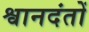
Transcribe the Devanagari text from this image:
श्वानदंतों